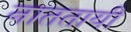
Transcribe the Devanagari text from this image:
नाततायी